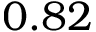
0 . 8 2